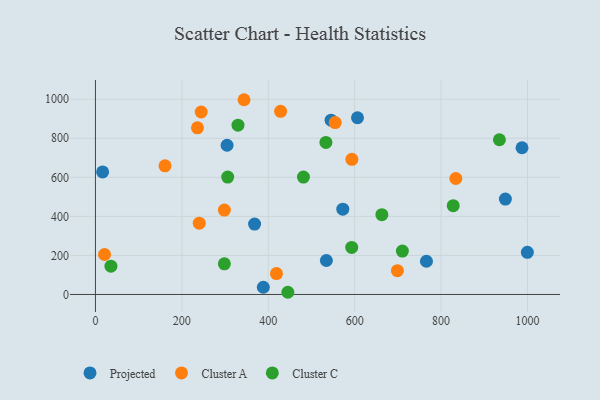
{"axis": {"x": "Engine Size", "y": "Rating"}, "legend": ["Cluster A", "Cluster C", "Projected"], "data": [{"x": "534.5", "y": 174.1, "type": "Projected"}, {"x": "948.8", "y": 488.5, "type": "Projected"}, {"x": "572.5", "y": 436.8, "type": "Projected"}, {"x": "388.5", "y": 37.1, "type": "Projected"}, {"x": "16.6", "y": 627.6, "type": "Projected"}, {"x": "766.1", "y": 170.1, "type": "Projected"}, {"x": "368.3", "y": 360.3, "type": "Projected"}, {"x": "606.5", "y": 904.9, "type": "Projected"}, {"x": "304.6", "y": 764.2, "type": "Projected"}, {"x": "545.4", "y": 892.3, "type": "Projected"}, {"x": "987.3", "y": 751.4, "type": "Projected"}, {"x": "999.7", "y": 215.9, "type": "Projected"}, {"x": "428.5", "y": 937.8, "type": "Cluster A"}, {"x": "21.0", "y": 204.6, "type": "Cluster A"}, {"x": "343.9", "y": 997.2, "type": "Cluster A"}, {"x": "593.5", "y": 692.1, "type": "Cluster A"}, {"x": "698.9", "y": 122.1, "type": "Cluster A"}, {"x": "419.0", "y": 107.1, "type": "Cluster A"}, {"x": "244.7", "y": 934.3, "type": "Cluster A"}, {"x": "834.1", "y": 593.9, "type": "Cluster A"}, {"x": "554.9", "y": 880.3, "type": "Cluster A"}, {"x": "236.1", "y": 853.5, "type": "Cluster A"}, {"x": "161.0", "y": 658.5, "type": "Cluster A"}, {"x": "298.4", "y": 432.3, "type": "Cluster A"}, {"x": "240.2", "y": 365.3, "type": "Cluster A"}, {"x": "710.4", "y": 222.1, "type": "Cluster C"}, {"x": "593.1", "y": 240.9, "type": "Cluster C"}, {"x": "533.4", "y": 778.6, "type": "Cluster C"}, {"x": "828.1", "y": 454.7, "type": "Cluster C"}, {"x": "306.1", "y": 601.0, "type": "Cluster C"}, {"x": "298.4", "y": 157.2, "type": "Cluster C"}, {"x": "662.9", "y": 408.5, "type": "Cluster C"}, {"x": "935.0", "y": 792.2, "type": "Cluster C"}, {"x": "35.8", "y": 144.8, "type": "Cluster C"}, {"x": "329.9", "y": 866.9, "type": "Cluster C"}, {"x": "445.3", "y": 11.3, "type": "Cluster C"}, {"x": "481.4", "y": 601.4, "type": "Cluster C"}]}